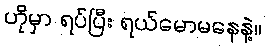
ဟိုမှာ ရပ်ပြီး ရယ်မောမနေနဲ့။